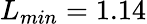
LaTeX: L_{min}=1.14